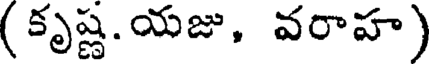
( కృష్ణ. యజు, వరాహ)